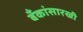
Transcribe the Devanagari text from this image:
बँकांसारखी